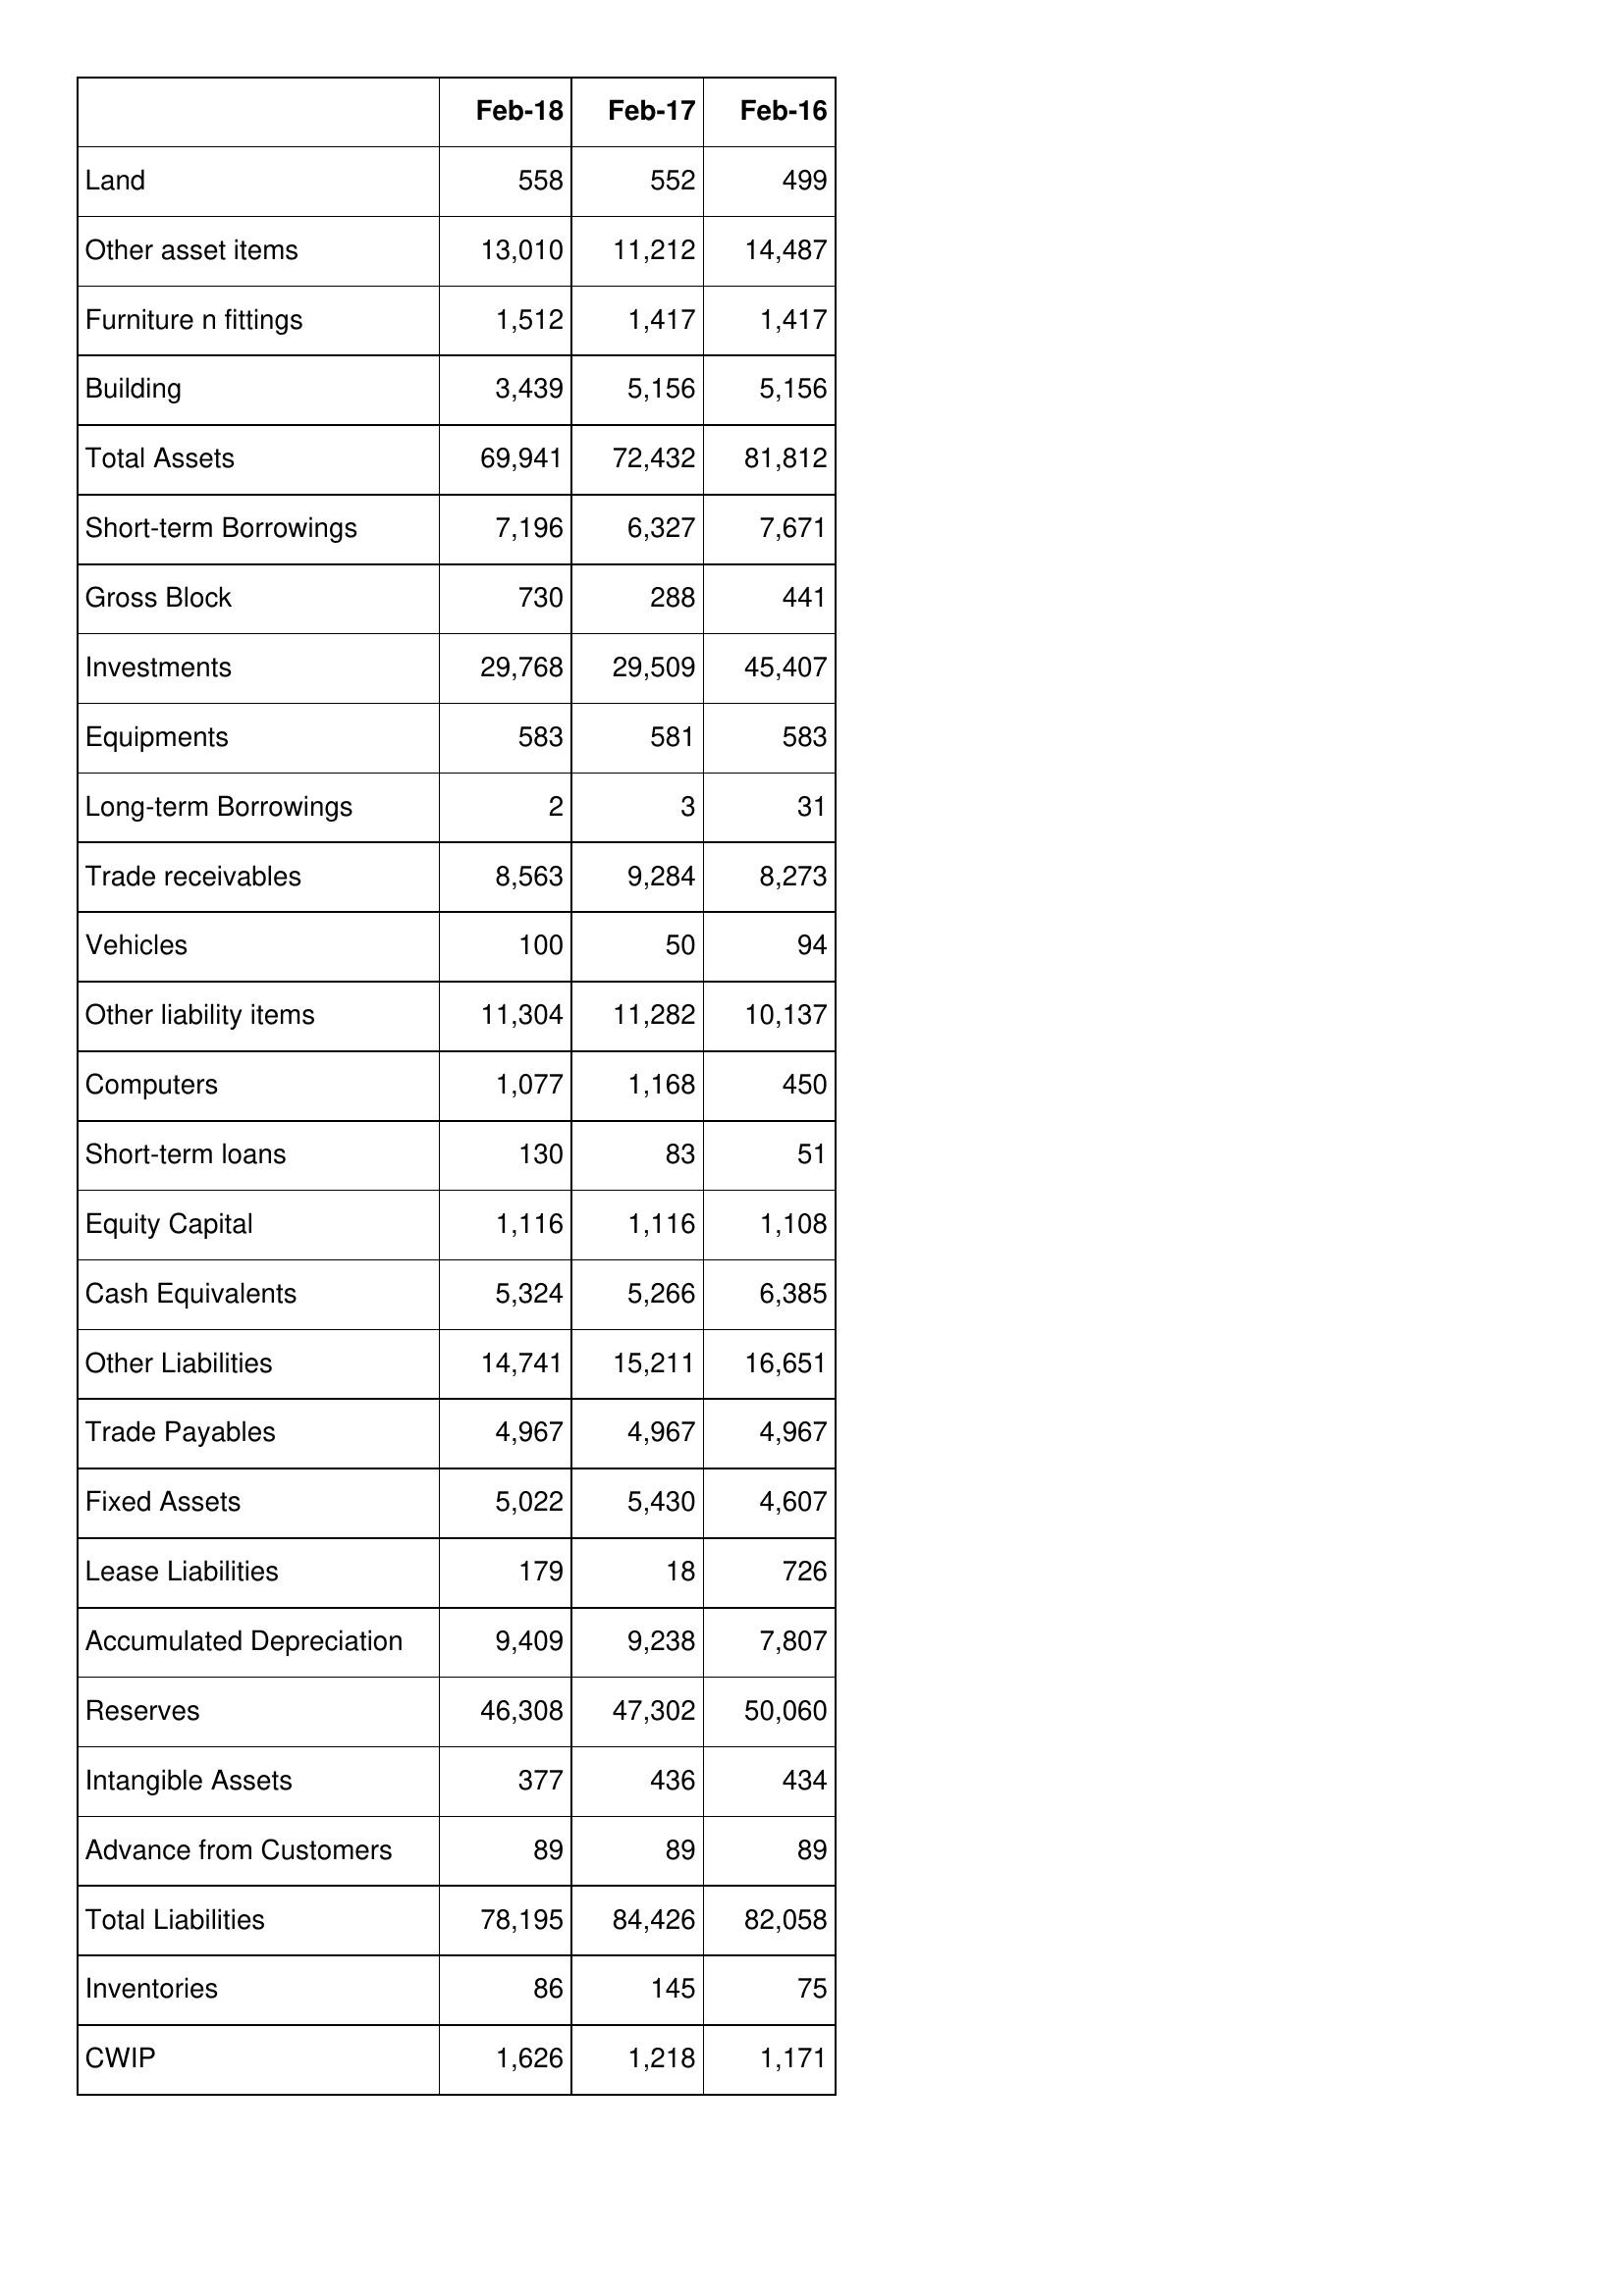
Feb-18: Balance Sheet: Land: 558
Other asset items: 13,010
Furniture n fittings: 1,512
Building: 3,439
Total Assets: 69,941
Short-term Borrowings: 7,196
Gross Block: 730
Investments: 29,768
Equipments: 583
Long-term Borrowings: 2
Trade receivables: 8,563
Vehicles: 100
Other liability items: 11,304
Computers: 1,077
Short-term loans: 130
Equity Capital: 1,116
Cash Equivalents: 5,324
Other Liabilities: 14,741
Trade Payables: 4,967
Fixed Assets: 5,022
Lease Liabilities: 179
Accumulated Depreciation: 9,409
Reserves: 46,308
Intangible Assets: 377
Advance from Customers: 89
Total Liabilities: 78,195
Inventories: 86
CWIP: 1,626
Feb-17: Balance Sheet: Land: 552
Other asset items: 11,212
Furniture n fittings: 1,417
Building: 5,156
Total Assets: 72,432
Short-term Borrowings: 6,327
Gross Block: 288
Investments: 29,509
Equipments: 581
Long-term Borrowings: 3
Trade receivables: 9,284
Vehicles: 50
Other liability items: 11,282
Computers: 1,168
Short-term loans: 83
Equity Capital: 1,116
Cash Equivalents: 5,266
Other Liabilities: 15,211
Trade Payables: 4,967
Fixed Assets: 5,430
Lease Liabilities: 18
Accumulated Depreciation: 9,238
Reserves: 47,302
Intangible Assets: 436
Advance from Customers: 89
Total Liabilities: 84,426
Inventories: 145
CWIP: 1,218
Feb-16: Balance Sheet: Land: 499
Other asset items: 14,487
Furniture n fittings: 1,417
Building: 5,156
Total Assets: 81,812
Short-term Borrowings: 7,671
Gross Block: 441
Investments: 45,407
Equipments: 583
Long-term Borrowings: 31
Trade receivables: 8,273
Vehicles: 94
Other liability items: 10,137
Computers: 450
Short-term loans: 51
Equity Capital: 1,108
Cash Equivalents: 6,385
Other Liabilities: 16,651
Trade Payables: 4,967
Fixed Assets: 4,607
Lease Liabilities: 726
Accumulated Depreciation: 7,807
Reserves: 50,060
Intangible Assets: 434
Advance from Customers: 89
Total Liabilities: 82,058
Inventories: 75
CWIP: 1,171